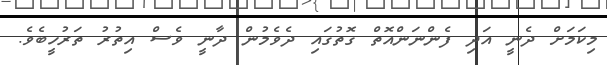
މިކަމަށް ދެނީ އަދި ފެންނަންއޮތް ގޮތުގައި ދެވެމުން ދާނީ ވެސް އިތުރު ތަރުހީބެވެ.